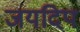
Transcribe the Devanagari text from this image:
जयदिप